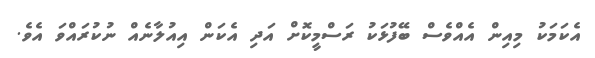
އެކަމަކު މިއިން އެއްވެސް ބޭފުޅަކު ރަސްމީކޮށް އަދި އެކަން އިއުލާނެއް ނުކުރައްވަ އެވެ.